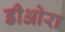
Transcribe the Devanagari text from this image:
डीओरा